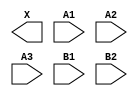
module sky130_fd_sc_hd__o32a (
    X ,
    A1,
    A2,
    A3,
    B1,
    B2
);

    output X ;
    input  A1;
    input  A2;
    input  A3;
    input  B1;
    input  B2;

    // Voltage supply signals
    supply1 VPWR;
    supply0 VGND;
    supply1 VPB ;
    supply0 VNB ;

endmodule